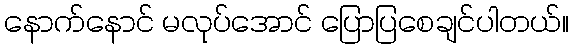
နောက်နောင် မလုပ်အောင် ပြောပြစေချင်ပါတယ်။